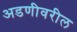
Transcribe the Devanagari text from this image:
अडणीवरील